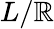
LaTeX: L/\mathbb{R}